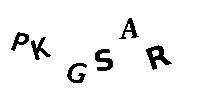
PKGSAR